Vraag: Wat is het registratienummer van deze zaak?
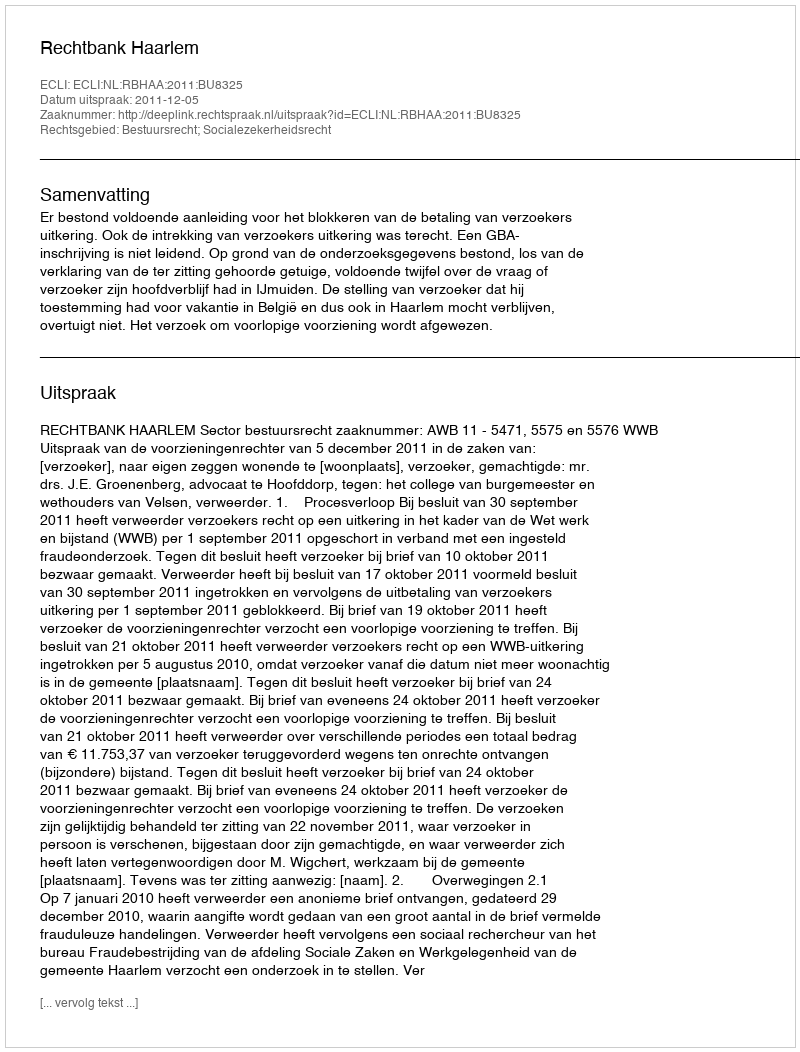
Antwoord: http://deeplink.rechtspraak.nl/uitspraak?id=ECLI:NL:RBHAA:2011:BU8325